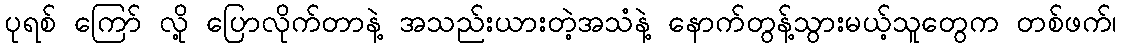
ပုရစ် ကြော် လို့ ပြောလိုက်တာနဲ့ အသည်းယားတဲ့အသံနဲ့ နောက်တွန့်သွားမယ့်သူတွေက တစ်ဖက်၊